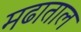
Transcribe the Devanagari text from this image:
मढाताल